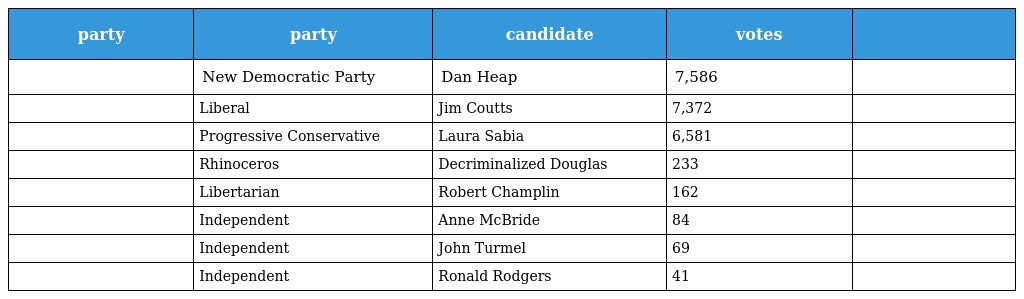
| party | party | candidate | votes |  |
 | --- | --- | --- | --- | --- |
 |  | New Democratic Party | Dan Heap | 7,586 |  |
 |  | Liberal | Jim Coutts | 7,372 |  |
 |  | Progressive Conservative | Laura Sabia | 6,581 |  |
 |  | Rhinoceros | Decriminalized Douglas | 233 |  |
 |  | Libertarian | Robert Champlin | 162 |  |
 |  | Independent | Anne McBride | 84 |  |
 |  | Independent | John Turmel | 69 |  |
 |  | Independent | Ronald Rodgers | 41 |  |